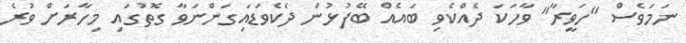
ނަމަވެސް "ހަވީރާ" ވާހަކަ ދެއްކެވި ބައެއް ބޭފުޅުން ދެކެވަޑައިގަންނަވާ ގޮތުގައި މިހާރަށް ވުރެ